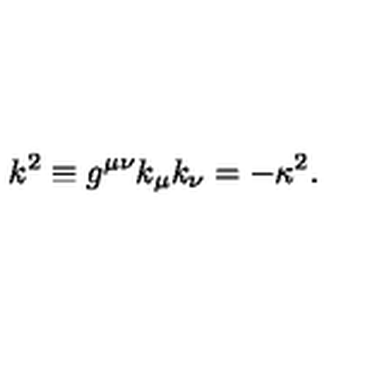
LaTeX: k ^ { 2 } \equiv g ^ { \mu \nu } k _ { \mu } k _ { \nu } = - \kappa ^ { 2 } .